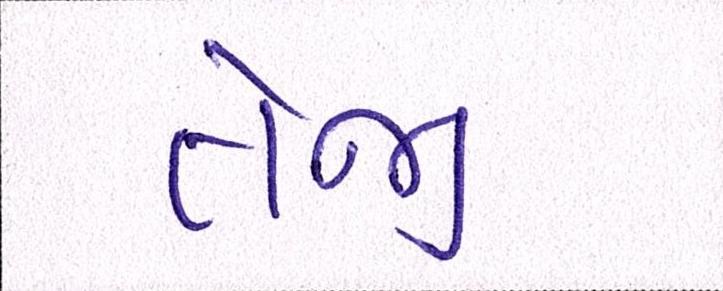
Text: તેજી